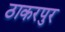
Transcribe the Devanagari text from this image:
ठाकरपुर